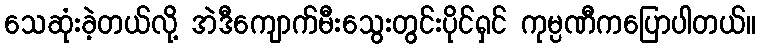
သေဆုံးခဲ့တယ်လို့ အဲဒီကျောက်မီးသွေးတွင်းပိုင်ရှင် ကုမ္ပဏီကပြောပါတယ်။